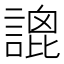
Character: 𧪫